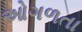
ઓગળતા